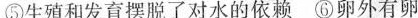
⑤生殖和发育摆脱了对水的依赖 ⑥卵外有卵